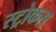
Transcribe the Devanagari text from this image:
स्ट्रोकस